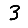
Digit: 3